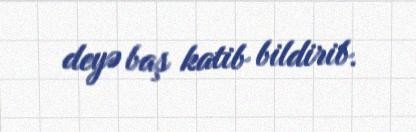
deyə baş katib bildirib.